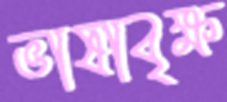
ভাষাবৃক্ষ